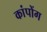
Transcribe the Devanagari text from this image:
कांपोंग